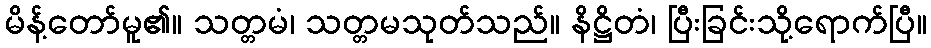
မိန့်တော်မူ၏။ သတ္တမံ၊ သတ္တမသုတ်သည်။ နိဋ္ဌိတံ၊ ပြီးခြင်းသို့ရောက်ပြီ။